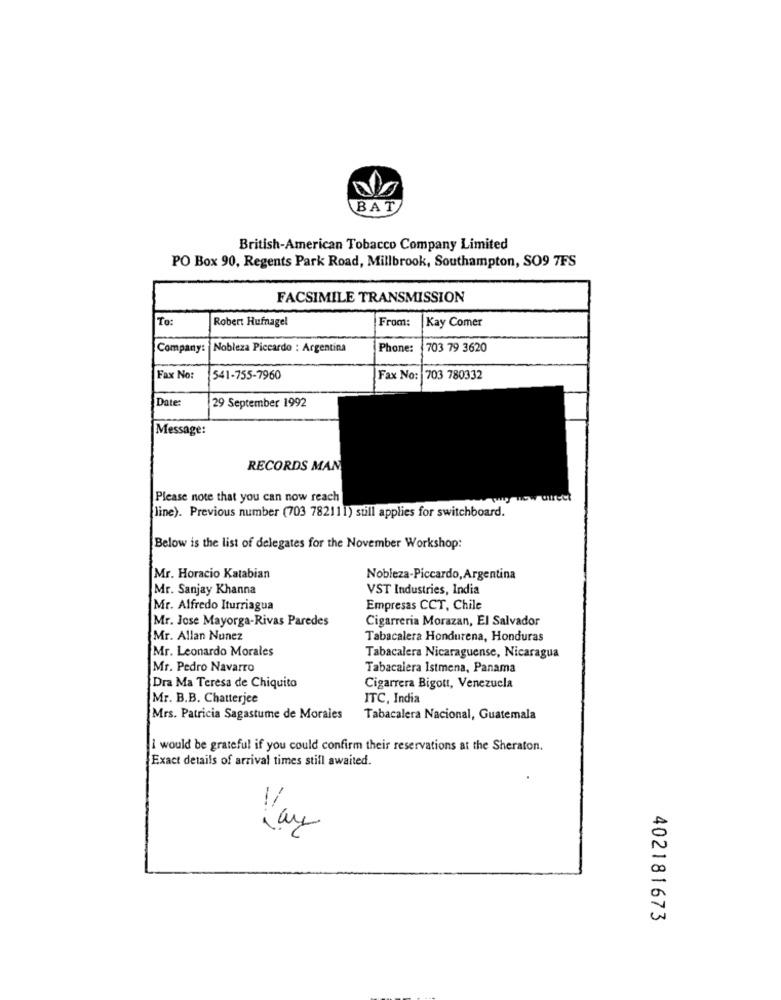
BAT
British-American Tobacco Company Limited
PO Box 90, Regents Park Road, Millbrook, Southampton, SO9 7FS
FACSIMILE TRANSMISSION
To:
Robert Hufnagel
From:
Kay Comer
Company: Nobleza Piccardo : Argentina
Phone:
703 79 3620
Fax No:
541-755-7960
Fax No: 703 780332
Date:
29 September 1992
Message:
RECORDS MAN
Please note that you can now reach
line). Previous number (703 782111) still applies for switchboard.
Below is the list of delegates for the November Workshop:
Mr. Horacio Katabian
Nobleza-Piccardo, Argentina
Mr. Sanjay Khanna
VST Industries, India
Mr. Alfredo Iturriagua
Empresas CCT, Chile
Mr. Jose Mayorga-Rivas Paredes
Cigarreria Morazan, El Salvador
Mr. Allan Nunez
Tabacalera Hondurena, Honduras
Mr. Leonardo Morales
Tabacalera Nicaraguense, Nicaragua
Mr. Pedro Navarro
Tabacalera Istmena, Panama
Dra Ma Teresa de Chiquito
Cigarrera Bigott, Venezuela
Mr. B.B. Chatterjee
ITC, India
Mrs. Patricia Sagastume de Morales
Tabacalera Nacional, Guatemala
I would be grateful if you could confirm their reservations at the Sheraton.
Exact details of arrival times still awaited.
Kay
402181673